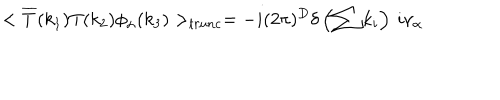
< \overline { { { T } } } ( k _ { 1 } ) T ( k _ { 2 } ) \phi _ { \alpha } ( k _ { 3 } ) > _ { t r u n c } = - i ( 2 \pi ) ^ { D } \delta \left( \sum k _ { i } \right) \: i \nu _ { \alpha }